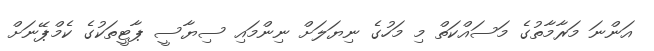
އަންނަ މަރާމާތުގެ މަސައްކަތް މި މަހުގެ ނިޔަލަށް ނިންމައި ސިޔާސީ ޕާޓީތަކުގެ ކެމްޕޭނަށް